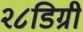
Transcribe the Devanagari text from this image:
२८डिग्री